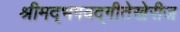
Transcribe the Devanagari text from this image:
श्रीमद्‌भगवद्‌गीतेखेरीज